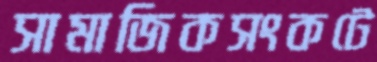
সামাজিকসংকটে